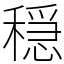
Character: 穏